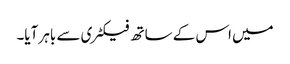
میں اس کے ساتھ فیکٹری سے باہر آیا۔